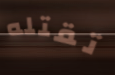
تقتله